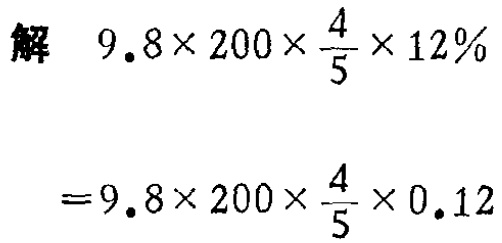
\[

\begin{align*}

&解\quad9.8\times200\times\frac{4}{5}\times12\%\\

&=9.8\times200\times\frac{4}{5}\times0.12

\end{align*}

\]